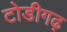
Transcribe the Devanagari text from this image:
टोडीगढ़